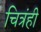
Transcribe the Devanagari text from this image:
चित्रंही